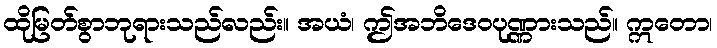
ထိုမြတ်စွာဘုရားသည်လည်း။ အယံ၊ ဤအဘိဒေဝပုဏ္ဏားသည်။ ဣတော၊